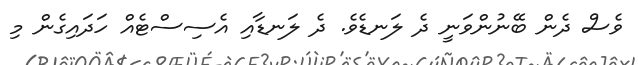
ވެސް ދެން ބޭނުންވަނީ ދެ ލަނޑެވެ. ދެ ލަނޑާއި އެސިސްޓެއް ހަދައިގެން މި